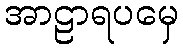
အာဠာရပမှေ